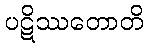
ပဋိဿတောတိ